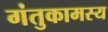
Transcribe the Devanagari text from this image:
गंतुकामस्य